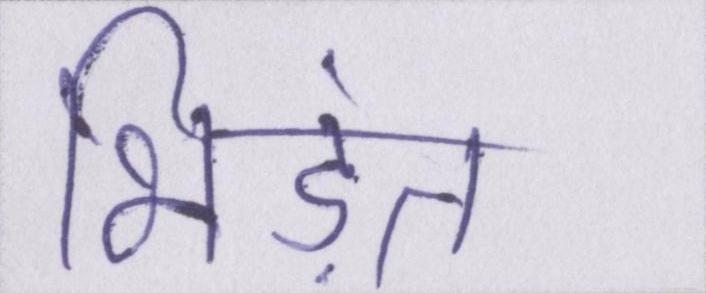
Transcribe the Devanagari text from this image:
भिड़ंत